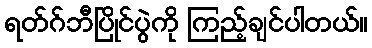
ရတ်ဂ်ဘီပြိုင်ပွဲကို ကြည့်ချင်ပါတယ်။